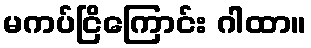
မကပ်ငြိကြောင်း ဂါထာ။